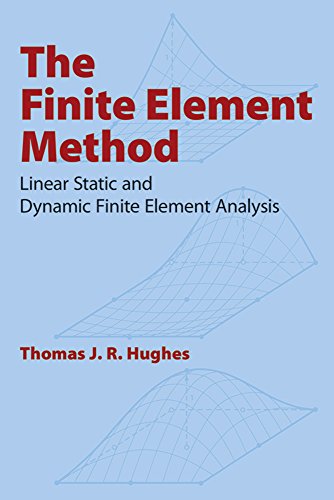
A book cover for The Finite Element Method: Linear Static and Dynamic Finite Element Analysis (Dover Civil and Mechanical Engineering); Thomas J. R. Hughes; Science & Math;